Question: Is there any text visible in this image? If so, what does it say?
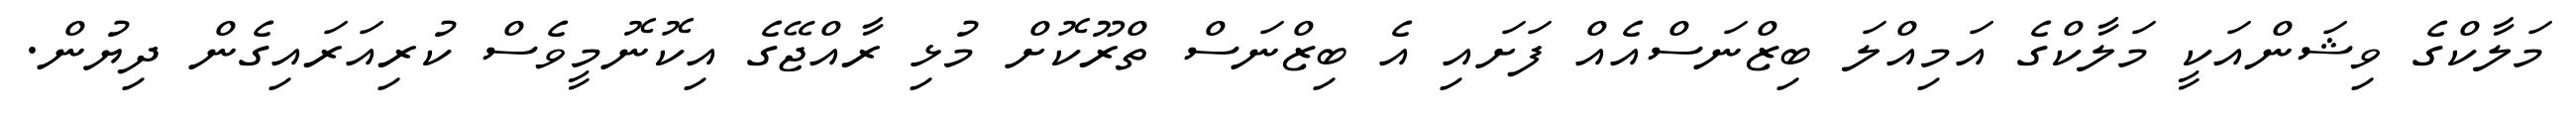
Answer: މަލާކްގެ ވިޝަންއަކީ މަލާކްގެ އަމިއްލަ ބިޒްނަސްއެއް ފަށައި އެ ބިޒްނަސް ތްރޫކޮށް މުޅި ރާއްޖޭގެ އިކޮނޮމީވެސް ކުރިއަރައިގެން ދިޔުން.